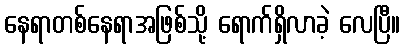
နေရာတစ်နေရာအဖြစ်သို့ ရောက်ရှိလာခဲ့ လေပြီ။